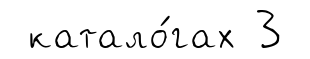
катало́гах 3